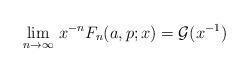
LaTeX: \begin{align*}\lim_{n\to\infty}\, x^{-n}F_{n}(a,p;x)=\mathcal{G}(x^{-1})\end{align*}